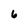
Character: 6